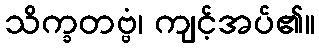
သိက္ခတဗ္ဗံ၊ ကျင့်အပ်၏။